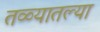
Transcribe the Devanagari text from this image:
तळ्यातल्या